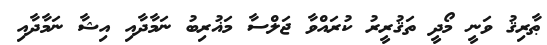
ޠާރިޤު ވަނީ މޯދީ ތަޤުރީރު ކުރައްވާ ޖަލްސާ މަޣުރިބު ނަމާދާއި އިޝާ ނަމާދާއި